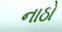
નાઠો